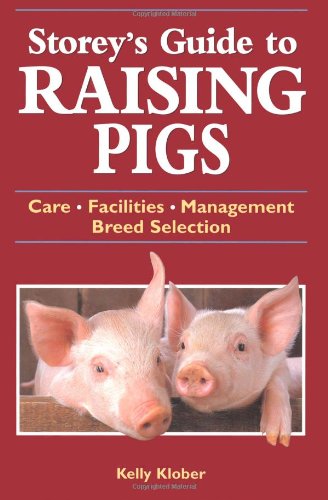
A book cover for Storey's Guide to Raising Pigs: Care, Facilities, Management, Breed Selection; Kelly Klober; Medical Books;